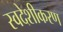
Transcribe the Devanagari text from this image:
स्वदेशीकरण